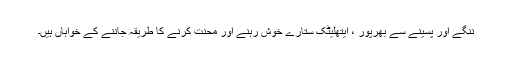
ننگے اور پسینے سے بھرپور ، ایتھلیٹک ستارے خوش رہنے اور محنت کرنے کا طریقہ جاننے کے خواہاں ہیں۔